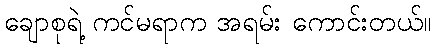
ချောစုရဲ့ ကင်မရာက အရမ်း ကောင်းတယ်။